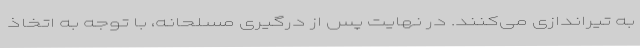
به تیراندازی می‌کنند. در نهایت پس از درگیری مسلحانه، با توجه به اتخاذ